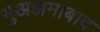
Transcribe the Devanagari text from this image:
मुअज्जमाबाद